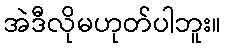
အဲဒီလိုမဟုတ်ပါဘူး။